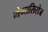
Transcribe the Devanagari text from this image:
मेगासिरोज